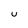
Character: U